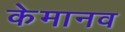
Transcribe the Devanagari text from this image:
केमानव